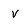
Character: v